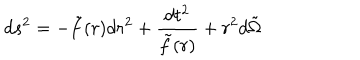
LaTeX: d s ^ { 2 } = - \tilde { f } ( r ) d r ^ { 2 } + \frac { d t ^ { 2 } } { \tilde { f } ( r ) } + r ^ { 2 } d \tilde { \Omega }